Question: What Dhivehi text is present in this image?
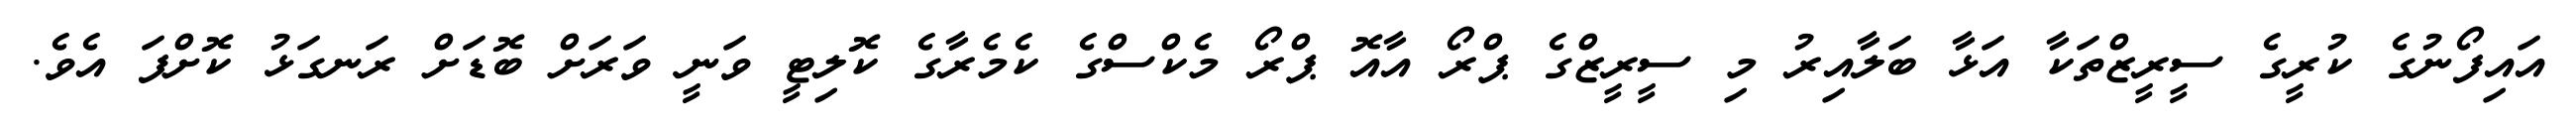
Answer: އައިފޯނުގެ ކުރީގެ ސީރީޒްތަކާ އަޅާ ބަލާއިރު މި ސީރީޒްގެ ޕްރޯ އާއޮ ޕްރޯ މެކްސްގެ ކެމެރާގެ ކޮލިޓީ ވަނީ ވަރަށް ބޮޑަށް ރަނގަޅު ކޮށްފަ އެވެ.